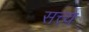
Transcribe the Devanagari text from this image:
सत्त्य